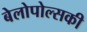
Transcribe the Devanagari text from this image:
बेलोपोल्सकी